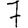
Digit: 7